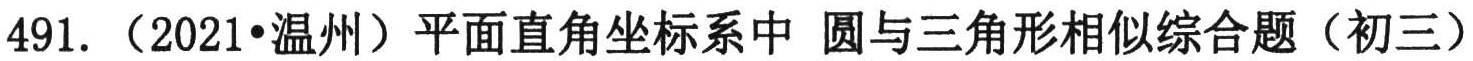
491.（2021•温州）平面直角坐标系中 圆与三角形相似综合题（初三）